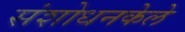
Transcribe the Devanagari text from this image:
संशोधनकेले